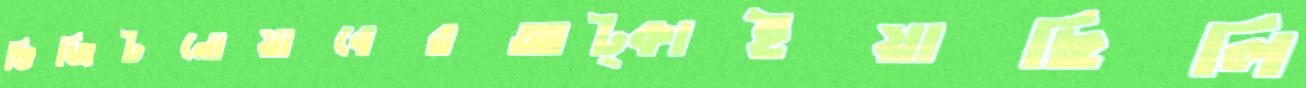
ভিজিটনোয়াবেরআট্‌কাইয়াছিলি